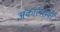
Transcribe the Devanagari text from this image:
अकालरावी